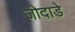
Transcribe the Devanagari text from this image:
जोदाडे